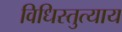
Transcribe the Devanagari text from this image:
विधिस्तुत्याय